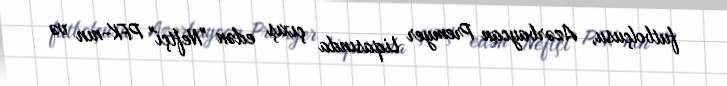
futbolçusu, Azərbaycan Premyer Liqasında çıxış edən "Neftçi" PFK-nın və